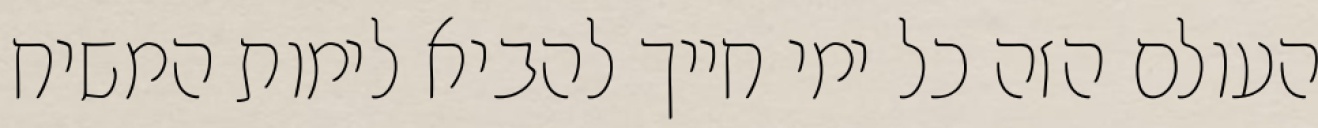
העולם הזה כל ימי חייך להביא לימות המשיח